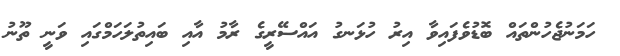
ހަމަނުޖެހުންތައް ބޮޑުވެފައިވާ އިރު ހުޅަނގު އައްސޭރީގެ ރާމު އާއި ބައިތުލަހަމްގައި ވަނީ ތޫނު